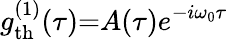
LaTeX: g_{\mathrm{th}}^{(1)}(\tau){=}A(\tau)e^{-i\omega_{0}\tau}